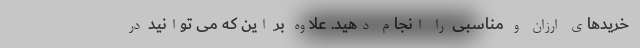
خریدهای ارزان و مناسبی را انجام دهید. علاوه بر این که می توانید در